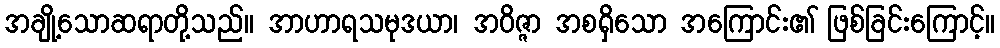
အချို့သောဆရာတို့သည်။ အာဟာရသမုဒယာ၊ အဝိဇ္ဇာ အစရှိသော အကြောင်း၏ ဖြစ်ခြင်းကြောင့်။